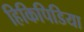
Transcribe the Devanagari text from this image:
हिकिपिडिया